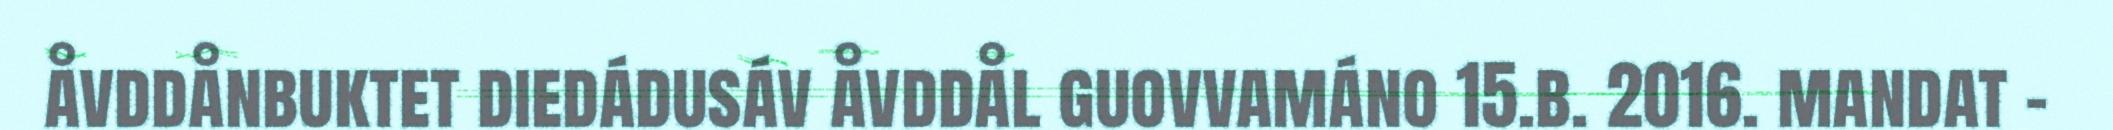
åvddånbuktet diedádusáv åvddål guovvamáno 15.b. 2016. mandat -